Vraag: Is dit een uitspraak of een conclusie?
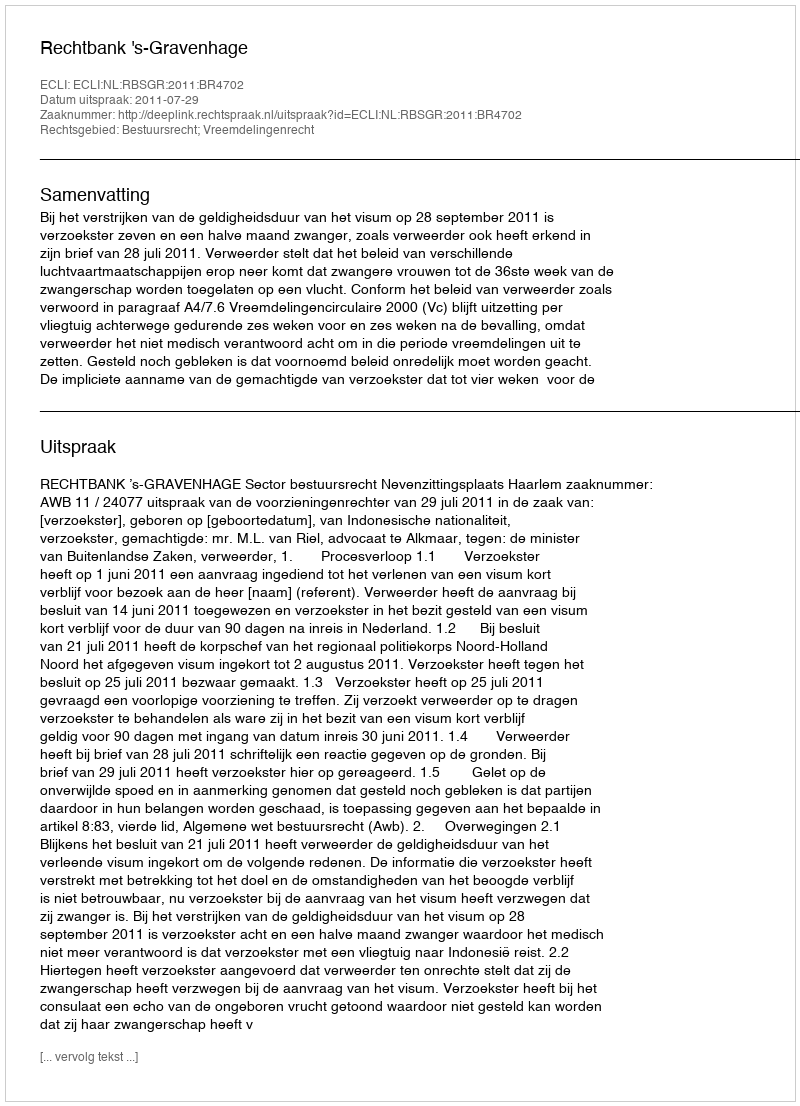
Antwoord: Uitspraak